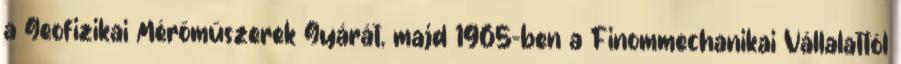
a Geofizikai Mérőműszerek Gyárát, majd 1965-ben a Finommechanikai Vállalattól